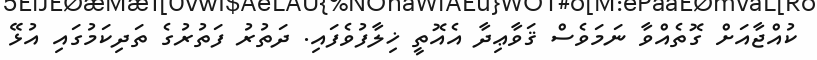
ކުއްޖާއަށް ގޮތެއްވާ ނަމަވެސް ޤަވާޢިދާ އެއޮތީ ޚިލާފުވެފައި. ދަތުރު ފަތުރުގެ ތަދިކަމުގައި އުޅޭ